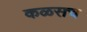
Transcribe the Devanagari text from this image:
कळसच